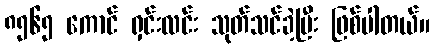
၈၅၆၅ ကောင် ရှင်းလင်း သုတ်သင်ခဲ့ပြီး ဖြစ်ပါတယ်။